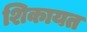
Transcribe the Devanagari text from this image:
शिकायत